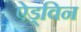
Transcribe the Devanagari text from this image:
ऐड्विन